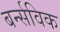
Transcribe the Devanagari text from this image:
बर्न्सविक